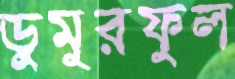
ডুমুরফুল